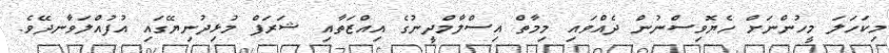
މިކަހަލަ މީހުންނަށް ހެޔޮވިސްނުން ދެއްވައި މިމާތް އިސްލާމްދީނުގެ އިއްޒަތާއި ޝަރަފް މުޅިދުނިޔޭގައި އުފުއްލަވާނދޭވެ.